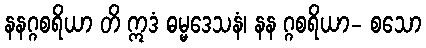
နနဂ္ဂစရိယာ တိ ဣဒံ ဓမ္မဒေသနံ၊ နန ဂ္ဂစရိယာ- စသော